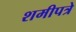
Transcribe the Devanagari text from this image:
शमीपत्रे